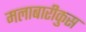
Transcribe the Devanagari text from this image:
मलाबारीकुस